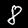
Digit: 8